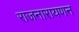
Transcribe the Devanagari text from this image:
राजनारायणन